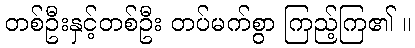
တစ်ဦးနှင့်တစ်ဦး တပ်မက်စွာ ကြည့်ကြ၏ ။